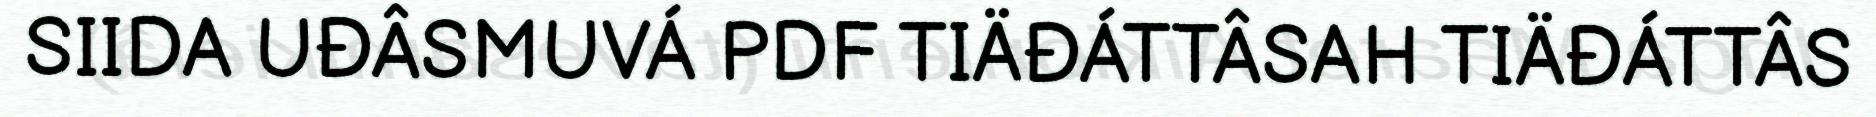
SIIDA UĐÂSMUVÁ PDF TIÄĐÁTTÂSAH TIÄĐÁTTÂS